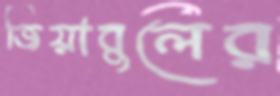
জিয়াবুলের